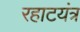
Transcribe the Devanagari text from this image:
रहाटयंत्र